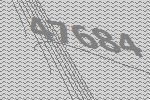
47684